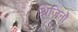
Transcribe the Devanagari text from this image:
थ्रिज़िनो